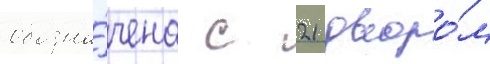
обозна́чена с 21 дворо́м